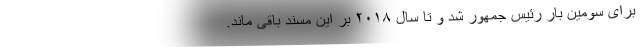
برای سومین بار رئیس جمهور شد و تا سال ۲۰۱۸ بر این مسند باقی ماند.